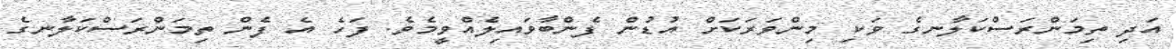
އަދި ތިމަންރަސްކަލާނގެ ވަކި މިންވަރަކަށް އުޑުން ފެންބާވައިލެއްވީމެވެ. ފަހެ އެ ފެން ތިމަންރަސްކަލާނގެ